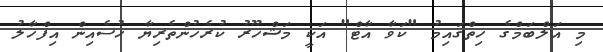
މި އަލްބަމްގެ ހިތްގައިމު "ކަވާ އާޓް" އަކީ މަޝްހޫރު ކުރެހުންތެރިޔާ ހުސެއިން އިފްހާލު